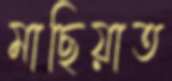
মাছিয়াত